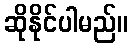
ဆိုနိုင်ပါမည်။